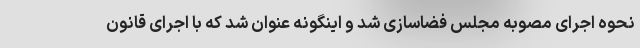
نحوه اجرای مصوبه مجلس فضاسازی شد و اینگونه عنوان شد که با اجرای قانون